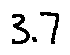
3 . 7